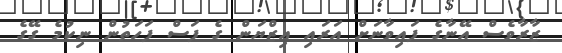
ޒާރާވެސް އޭނާގެ ފައިވާނަށް އަރައި އިޒްޔަން ގެ ފަސް ފަހަތުން ނިކުމެ ގޭގެ